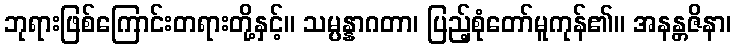
ဘုရားဖြစ်ကြောင်းတရားတို့နှင့်။ သမ္ပန္နာဂတာ၊ ပြည့်စုံတော်မူကုန်၏။ အနန္တဇိနာ၊